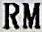
RM